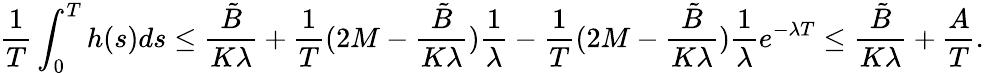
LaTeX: \frac{1}{T}\int_{0}^{T}h(s)ds\leq\frac{\tilde{B}}{K\lambda}+\frac{1}{T}(2M-\frac{\tilde{B}}{K\lambda})\frac{1}{\lambda}-\frac{1}{T}(2M-\frac{\tilde{B}}{K\lambda})\frac{1}{\lambda}e^{-\lambda T}\leq\frac{\tilde{B}}{K\lambda}+\frac{A}{T}.